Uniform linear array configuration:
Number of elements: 32
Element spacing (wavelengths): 0.25
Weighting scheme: cosine
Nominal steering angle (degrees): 45
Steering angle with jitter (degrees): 43.207
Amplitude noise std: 0.05
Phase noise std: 0.05

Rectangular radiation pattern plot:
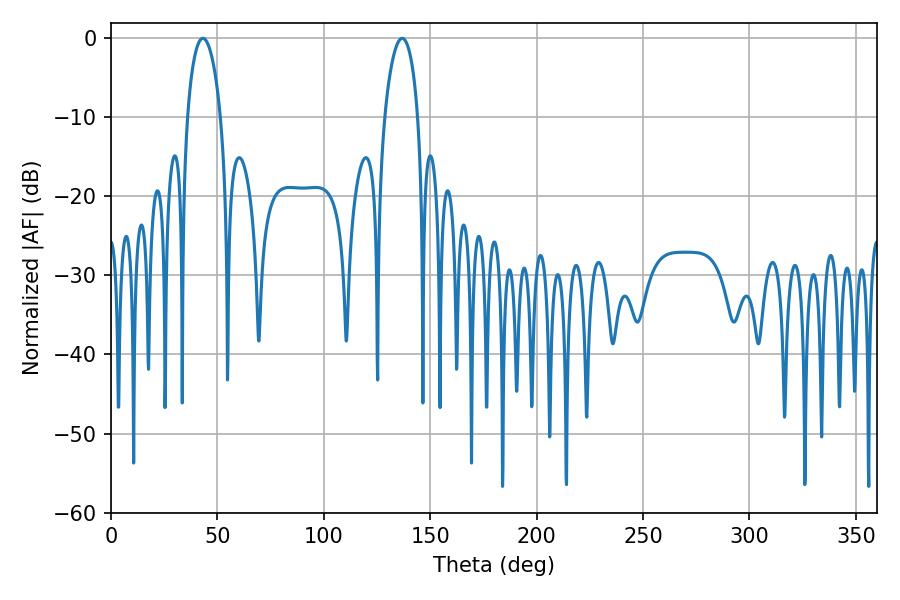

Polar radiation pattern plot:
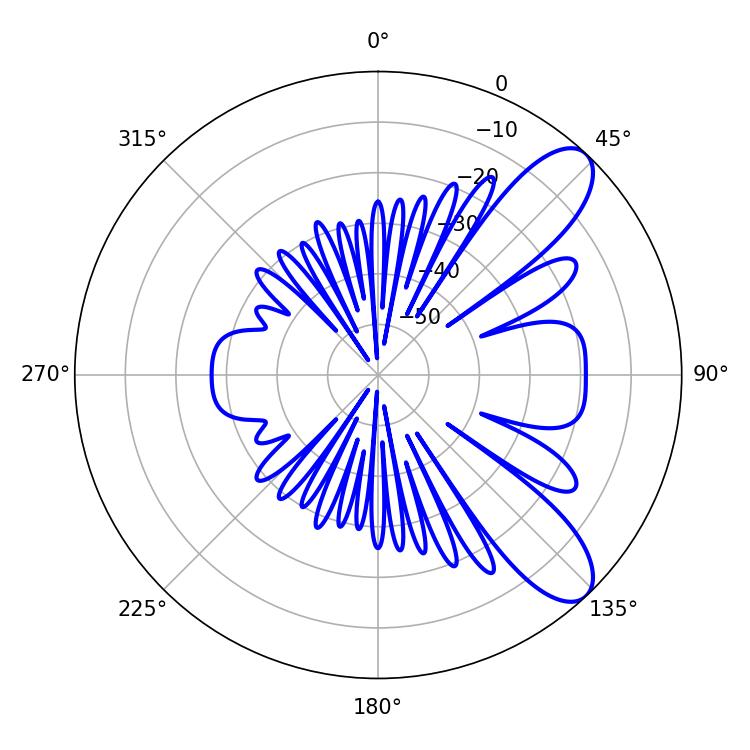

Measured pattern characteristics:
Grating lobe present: FALSE
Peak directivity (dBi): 9.239
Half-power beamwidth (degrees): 9
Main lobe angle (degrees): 43.2